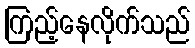
ကြည့်နေလိုက်သည်